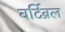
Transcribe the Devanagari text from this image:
वर्टिब्रल